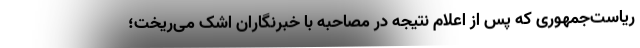
ریاست‌جمهوری که پس از اعلام نتیجه در مصاحبه با خبرنگاران اشک می‌ر‌یخت؛